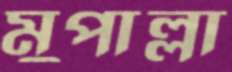
মুপাল্লা